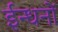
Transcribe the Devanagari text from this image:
ईन्धनों